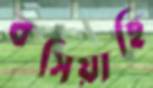
বসিয়াছি